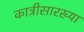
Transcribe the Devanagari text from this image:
कात्रीसारख्या